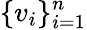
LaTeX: \{ v_{i}\} _{i=1}^{n}